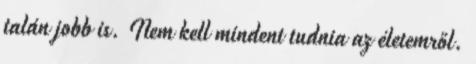
talán jobb is. Nem kell mindent tudnia az életemről.